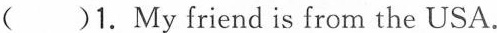
( )1.My friend is from the USA.